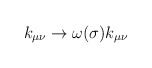
\begin{align*}k_{\mu\nu} \to \omega (\sigma) k_{\mu\nu} \end{align*}